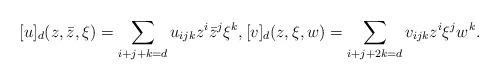
LaTeX: \begin{align*}[u]_d(z,\bar z,\xi)=\sum_{i+j+k=d}u_{ijk}z^i\bar z^j\xi^k, [v]_d(z,\xi,w)=\sum_{i+j+2k=d}v_{ijk}z^i\xi^jw^k. \end{align*}